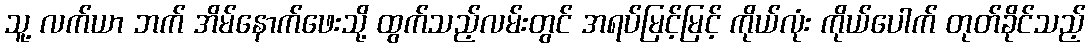
သူ့ လက်ယာ ဘက် အိမ်နောက်ဖေးသို့ ထွက်သည့်လမ်းတွင် အရပ်မြင့်မြင့် ကိုယ်လုံး ကိုယ်ပေါက် တုတ်ခိုင်သည့်